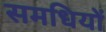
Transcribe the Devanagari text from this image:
समधियों